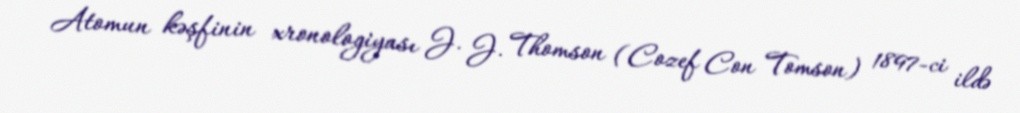
Atomun kəşfinin xronologiyası J. J. Thomson (Cozef Con Tomson) 1897-ci ildə